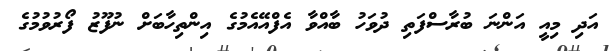
އަދި މިއީ އަންނަ ބުރާސްފަތި ދުވަހު ބާއްވާ އެފްއޭއެމުގެ އިންތިހާބަށް ނުފޫޒު ފޯރުވުމުގެ